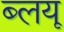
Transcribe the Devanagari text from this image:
ब्लयू